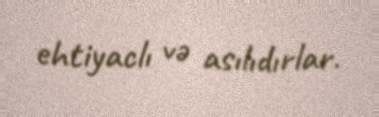
ehtiyaclı və asılıdırlar.